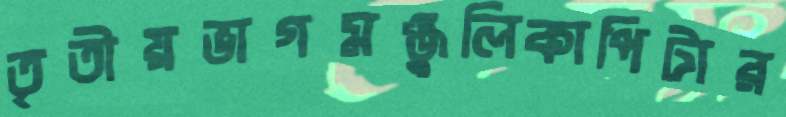
তৃতীয়ভাগমঞ্জুলিকাপিটার